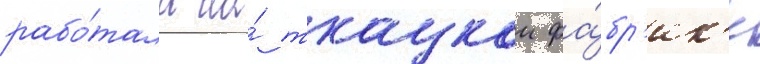
рабо́тала на́ ткацкои фа́бр'ик'е